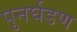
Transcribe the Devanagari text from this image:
पुनर्घडण